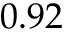
0 . 9 2